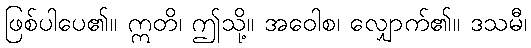
ဖြစ်ပါပေ၏။ ဣတိ၊ ဤသို့။ အဝေါစ၊ လျှောက်၏။ ဒသမီ၊